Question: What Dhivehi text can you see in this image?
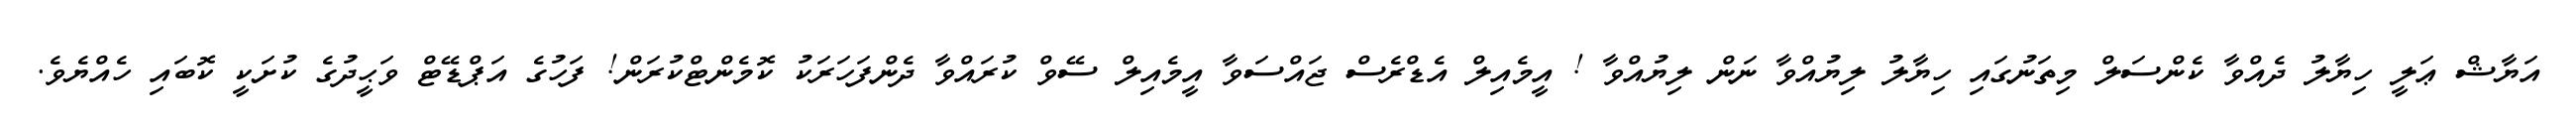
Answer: އަޔާޝް ޢަލީ ހިޔާލު ދެއްވާ ކެންސަލް މިތަނުގައި ހިޔާލު ލިޔުއްވާ ނަން ލިޔުއްވާ ! އީމެއިލް އެޑްރެސް ޖައްސަވާ އީމެއިލް ސޭވް ކުރައްވާ ދެންފަހަރަކު ކޮމެންޓްކުރަން! ފަހުގެ އަޕްޑޭޓް ވަޙީދުގެ ކުށަކީ ކޮބައި ހެއްޔެވެ.